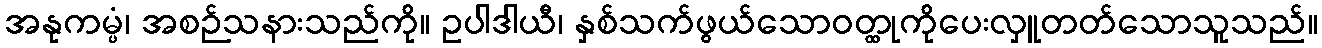
အနုကမ္ပံ၊ အစဉ်သနားသည်ကို။ ဥပါဒါယီ၊ နှစ်သက်ဖွယ်သောဝတ္ထုကိုပေးလှူတတ်သောသူသည်။